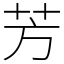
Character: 芳